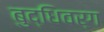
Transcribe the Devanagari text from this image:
बुद्धिवर्ग